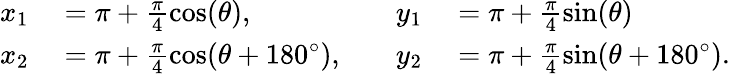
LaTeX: \begin{array}{rlrl}{x_{1}}&{{}=\pi+\frac{\pi}{4}\cos(\theta),}&{\quad y_{1}}&{{}=\pi+\frac{\pi}{4}\sin(\theta)}\\ {x_{2}}&{{}=\pi+\frac{\pi}{4}\cos(\theta+180^{\circ}),}&{\quad y_{2}}&{{}=\pi+\frac{\pi}{4}\sin(\theta+180^{\circ}).}\end{array}